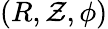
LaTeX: (R,\mathcal{Z},\phi)